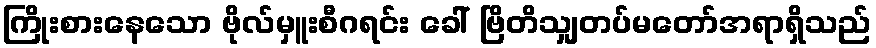
ကြိုးစားနေသော ဗိုလ်မှူးစီဂရင်း ခေါ် ဗြိတိသျှတပ်မတော်အရာရှိသည်